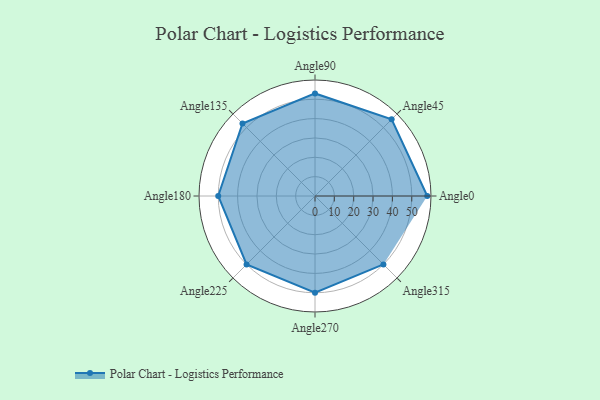
{"axis": {"x": "Angle", "y": "Radius"}, "legend": [""], "data": [{"x": "Angle0", "y": 58.0, "type": ""}, {"x": "Angle45", "y": 56.0, "type": ""}, {"x": "Angle90", "y": 53.0, "type": ""}, {"x": "Angle135", "y": 53.0, "type": ""}, {"x": "Angle180", "y": 50, "type": ""}, {"x": "Angle225", "y": 50, "type": ""}, {"x": "Angle270", "y": 50, "type": ""}, {"x": "Angle315", "y": 50, "type": ""}]}